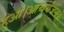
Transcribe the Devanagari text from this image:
हुआ।आश्चर्यजनक